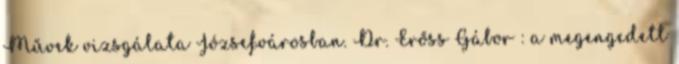
Művek vizsgálata Józsefvárosban. Dr. Erőss Gábor : a megengedett